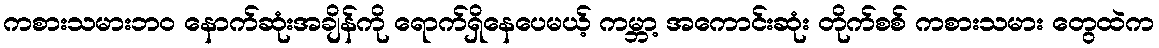
ကစားသမားဘဝ နောက်ဆုံးအချိန်ကို ရောက်ရှိနေပေမယ့် ကမ္ဘာ့ အကောင်းဆုံး တိုက်စစ် ကစားသမား တွေထဲက